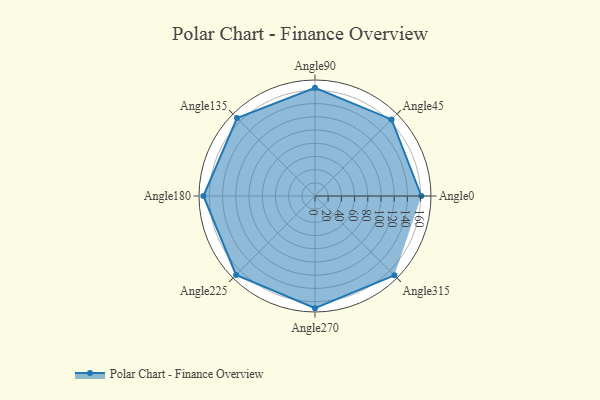
{"axis": {"x": "Angle", "y": "Radius"}, "legend": [""], "data": [{"x": "Angle0", "y": 161.0, "type": ""}, {"x": "Angle45", "y": 164.0, "type": ""}, {"x": "Angle90", "y": 164.0, "type": ""}, {"x": "Angle135", "y": 167.0, "type": ""}, {"x": "Angle180", "y": 169.0, "type": ""}, {"x": "Angle225", "y": 169.0, "type": ""}, {"x": "Angle270", "y": 170, "type": ""}, {"x": "Angle315", "y": 170, "type": ""}]}